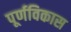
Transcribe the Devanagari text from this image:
पूर्णविकास